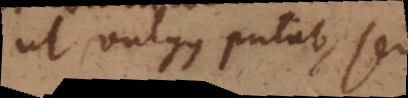
ut vulgus putat, sed